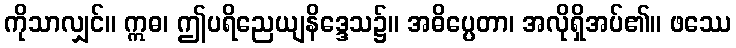
ကိုသာလျှင်။ ဣဓ၊ ဤပရိညေယျနိဒ္ဒေသ၌။ အဓိပ္ပေတာ၊ အလိုရှိအပ်၏။ ဖဿေ